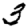
Digit: 3